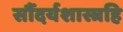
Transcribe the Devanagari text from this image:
सौंदर्यशास्त्रहि